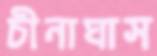
চীনাঘাস